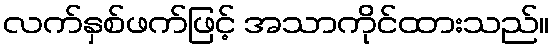
လက်နှစ်ဖက်ဖြင့် အသာကိုင်ထားသည်။